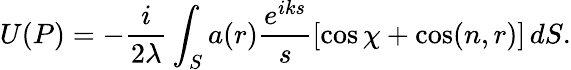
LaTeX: U(P)=-{\frac{i}{2\lambda}}\int_{S}a(r){\frac{e^{iks}}{s}}[\cos\chi+\cos(n,r)]\, dS.